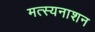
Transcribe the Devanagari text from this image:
मत्स्यनाशन